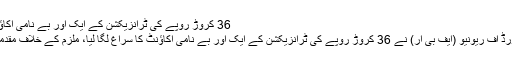
36 کروڑ روپے کی ٹرانزیکشن کے ایک اور بے نامی اکاؤنٹ کا انکشاف -
کراچی: فیڈرل بورڈ آف ریونیو (ایف بی آر) نے 36 کروڑ روپے کی ٹرانزیکشن کے ایک اور بے نامی اکاؤنٹ کا سراغ لگا لیا، ملزم کے خلاف مقدمہ درج کرلیا گیا۔